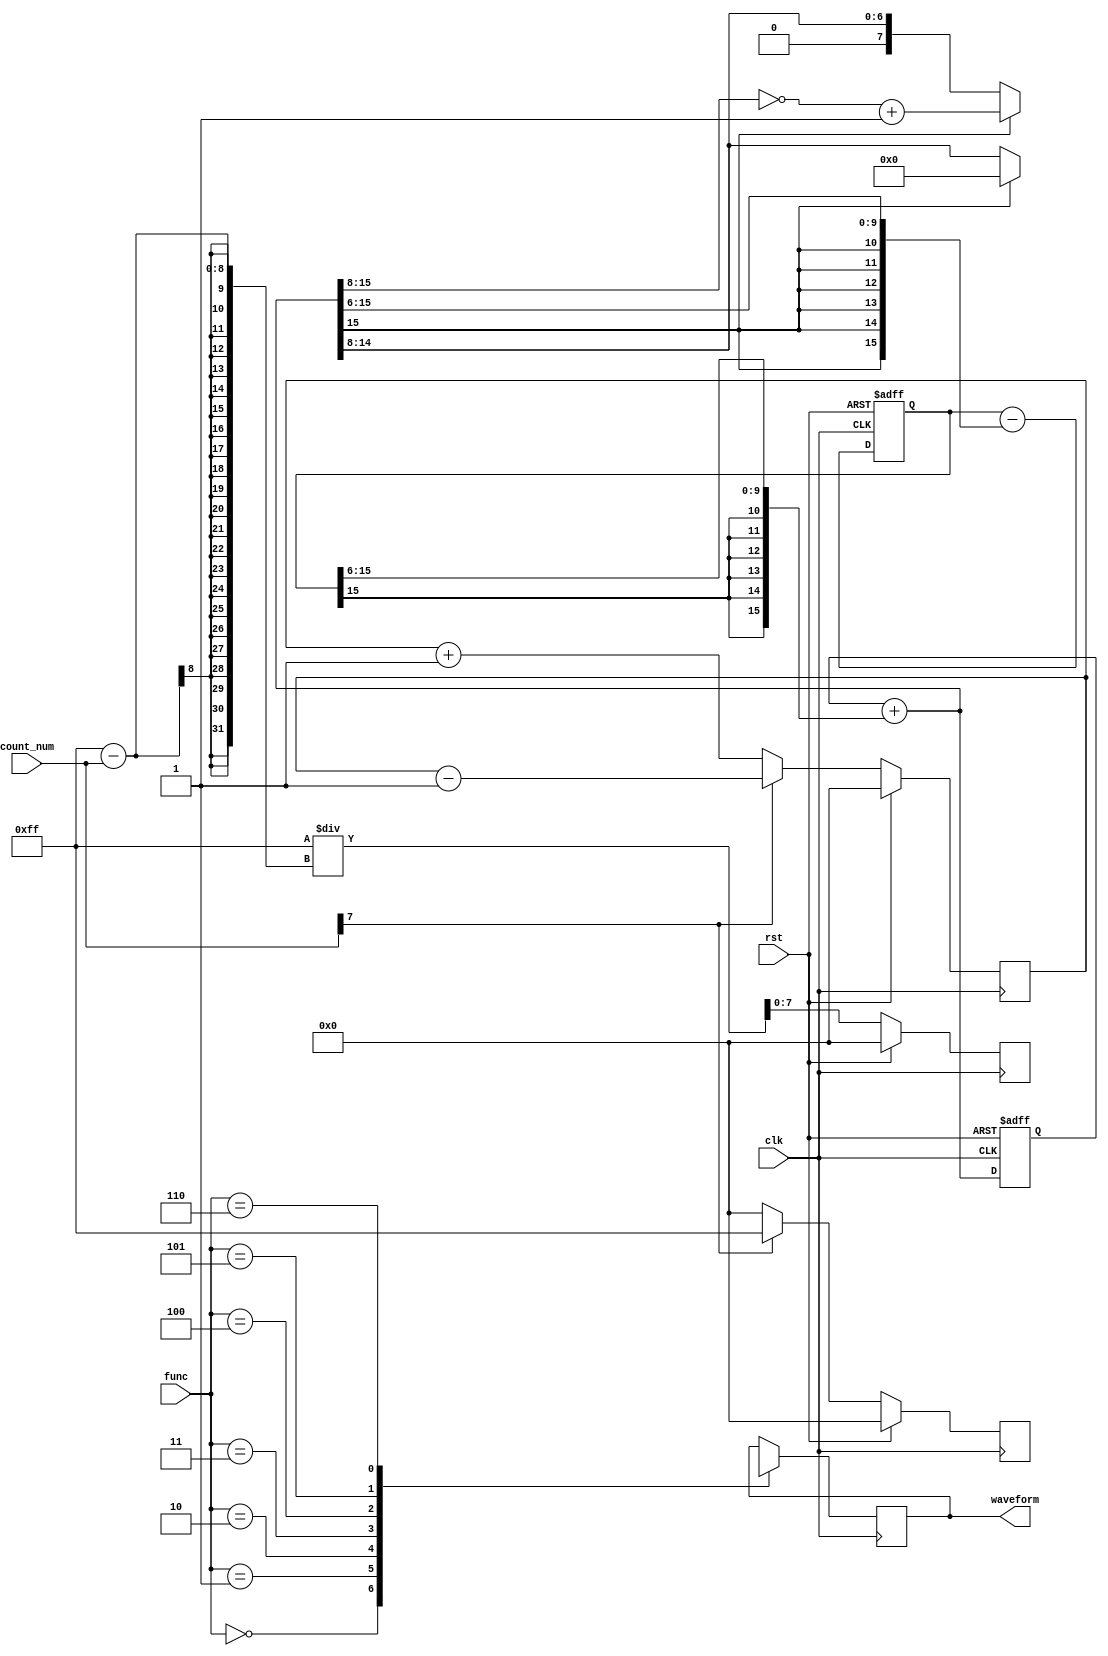
`timescale 1ns/1ns

module Waveform_Generator (input clk , rst , input [2:0]func , input [7:0]count_num , output reg [7:0]waveform);
    
    
    reg [7:0] reciprocal , square , triangle , dds;
	wire [7:0] sine , full_wave_rectified , half_wave_rectified;
    reg [15:0] curr_sin , oldCos , curr_cos , oldSine;

    // SQUARE
    always @(posedge clk) begin
        if (rst)
            square = 0;
        else begin
            if (count_num[7])
              square = 255;   
            else
              square = 0;
        end
    end
    
    // TRIANGLE
    always @(posedge clk) begin
        if (rst)
            triangle = 0;
        else begin
            if (count_num[7])
                triangle = triangle - 1'b1;
            else
                triangle = triangle + 1'b1;
        end
    end
    
    // RECIPROCAL
    always @(posedge clk) begin
        if(rst)
            reciprocal = 0;
        else
            reciprocal = (255 / (255 - count_num));
    end

    // SINE
    always @(posedge clk, posedge rst) begin
        if(rst) begin
            oldCos <= 16'd30000;
            oldSine <= 16'd0;
        end
        else begin
            oldCos <= curr_cos;
            oldSine <= curr_sin;

        end
    end

    always @(oldSine, oldCos) begin
        curr_sin = oldSine + {{6{oldCos[15]}}, oldCos[15:6]};
        curr_cos = oldCos - {{6{curr_sin[15]}}, curr_sin[15:6]};

    end

    assign sine = curr_sin[15:8];
    
    // FILL_WAVED
    assign full_wave_rectified = curr_sin[15] == 1 ? ~curr_sin[15:8]+1 : curr_sin[15:8];
    // HALF_WAVED
    assign half_wave_rectified = curr_sin[15] == 1 ? 8'b0 : curr_sin[15:8];


    always @(posedge clk) begin
        case (func)
            3'b000 : waveform = reciprocal;
            3'b001 : waveform = square ;
            3'b010 : waveform = triangle ;
            3'b011 : waveform = sine ;
            3'b100 : waveform = full_wave_rectified ;
            3'b101 : waveform = half_wave_rectified ;
            3'b110 : waveform = dds ;
        endcase
    end
    
endmodule